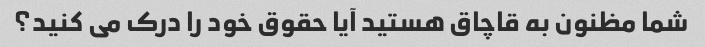
شما مظنون به قاچاق هستید آیا حقوق خود را درک می کنید؟